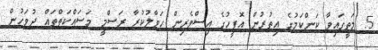
5. މަތީގައިވާ ކަންކަމުގެ އިތުރުން އޮފީހުގެ އިސްވެރިން ހަވާލުކުރާ ރަސްމީ މަސައްކަތްތައް ދުވަހުން